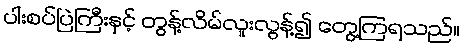
ပါးစပ်ပြဲကြီးနှင့် တွန့်လိမ်လူးလွန့်၍ တွေ့ကြရသည်။